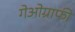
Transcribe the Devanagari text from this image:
गेओग्राफी